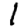
Digit: 1